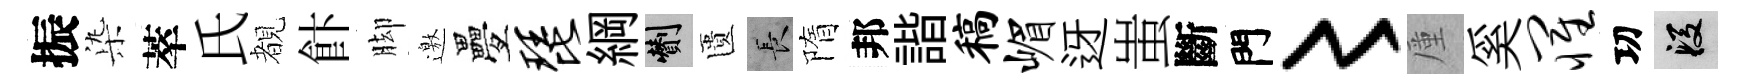
振𣑱萃氏覩飰脚邀疊琵綱剪匱长隋邦諧稿嵋迓蚩斷門〻厪奚罹㓛段